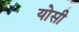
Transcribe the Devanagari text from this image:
योसी